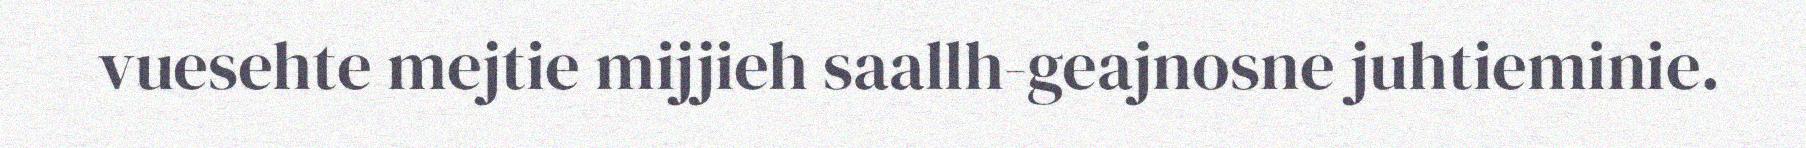
vuesehte mejtie mijjieh saallh-geajnosne juhtieminie.